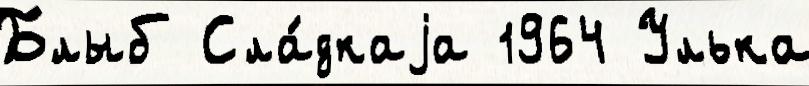
Блыб Сла́дкаjа 1964 Улька